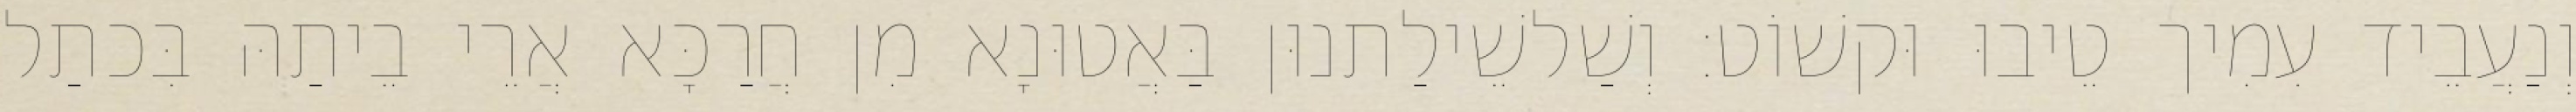
וְנַעֲבֵיד עִמִיך טֵיבוּ וּקשׁוֹט׃ וְשַׁלשֵׁילַתנוּן בַּאֲטוּנָא מִן חֲרַכָּא אֲרֵי בֵיתַהּ בִּכתַל